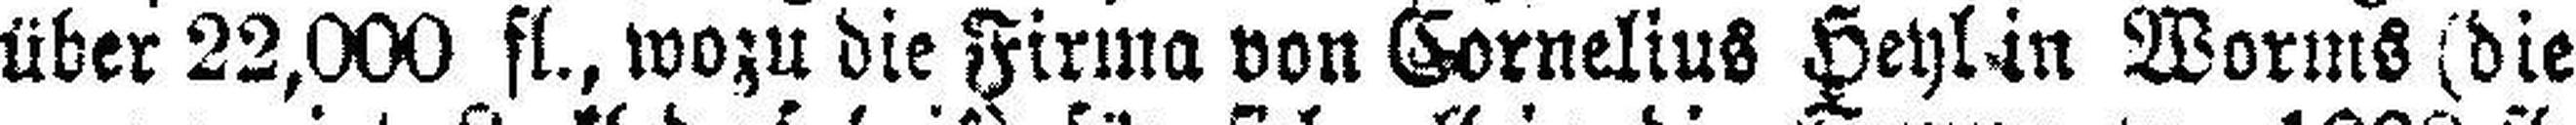
über 22,000 fl., wozu die Firma von Cornelius Heyl in Worms (die